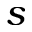
s